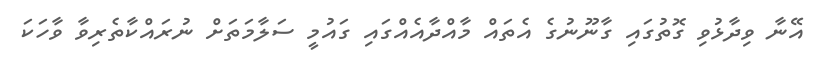
އޭނާ ވިދާޅުވި ގޮތުގައި ގާނޫނުގެ އެތައް މާއްދާއެއްގައި ގައުމީ ސަލާމަތަށް ނުރައްކާތެރިވާ ވާހަކަ